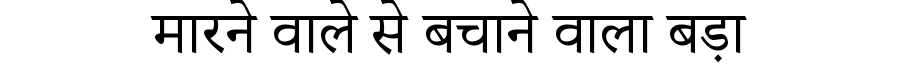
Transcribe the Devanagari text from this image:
मारने वाले से बचाने वाला बड़ा